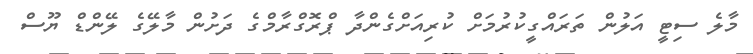
މާލެ ސިޓީ އަލުން ތަރައްގީކުރުމަށް ކުރިއަށްގެންދާ ޕްރޮގްރާމްގެ ދަށުން މާލޭގެ ލޭންޑް ޔޫސް